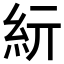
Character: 𥾦